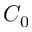
C _ { 0 }